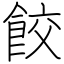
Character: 餃